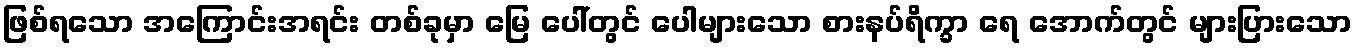
ဖြစ်ရသော အကြောင်းအရင်း တစ်ခုမှာ မြေ ပေါ်တွင် ပေါများသော စားနပ်ရိက္ခာ ရေ အောက်တွင် များပြားသော